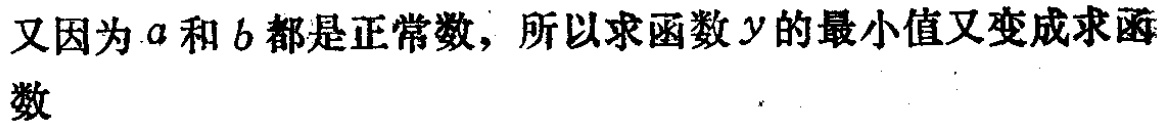
又因为\(a\)和\(b\)都是正常数，所以求函数\(y\)的最小值又变成求函数